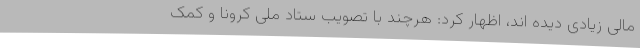
مالی زیادی دیده اند، اظهار کرد: هرچند با تصویب ستاد ملی کرونا و کمک